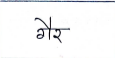
मजकूर: गैर